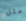
مثل